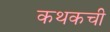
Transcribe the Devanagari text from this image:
कथकची